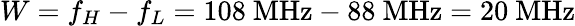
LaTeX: W=f_{H}-f_{L}=108\ \mathrm{MHz}-88\ \mathrm{MHz}=20\ \mathrm{MHz}